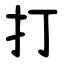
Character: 打